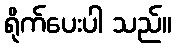
ရိုက်ပေးပါ သည်။